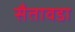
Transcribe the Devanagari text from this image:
सैतावडा